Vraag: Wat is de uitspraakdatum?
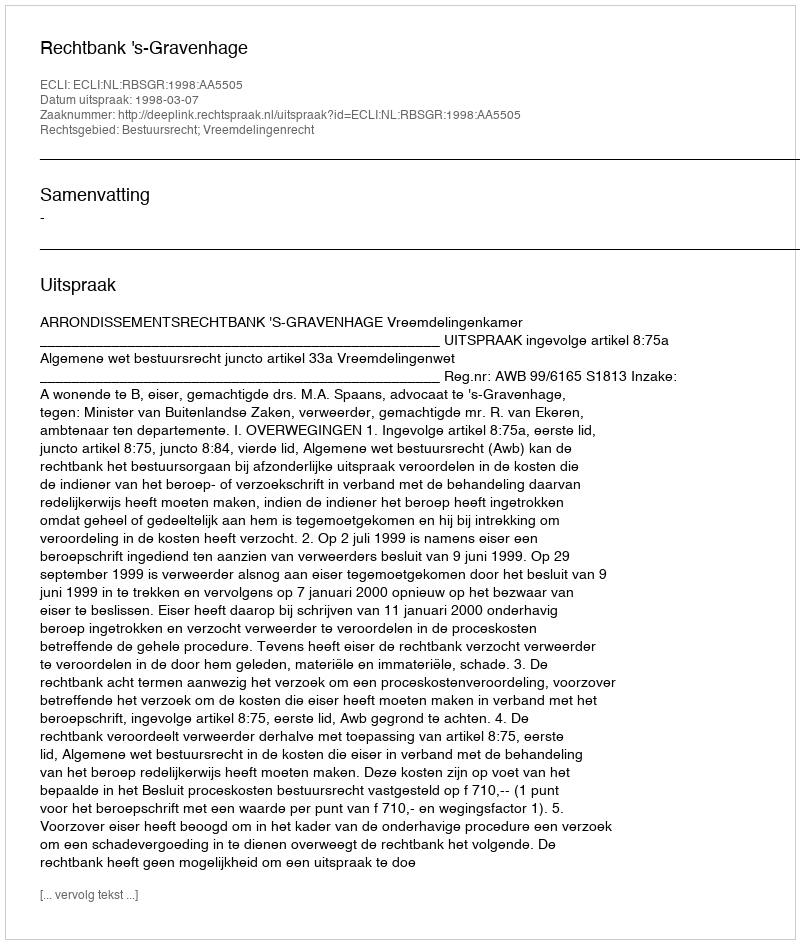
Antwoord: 1998-03-07